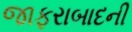
જાફરાબાદની